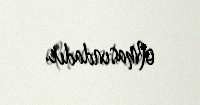
olmasındadır.